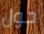
حول